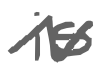
Text: is
Cross-out: zig-zag
Writing tool: digital_gray